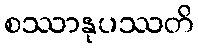
စဿာနုပဿတိ